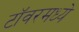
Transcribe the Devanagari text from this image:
टॉवरमध्ये